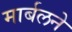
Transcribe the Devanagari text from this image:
मार्बलने